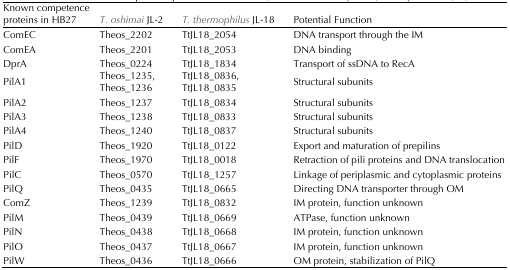
| Known competenceproteins in HB27 | T. oshimai JL-2 | T. thermophilus JL-18 | Potential Function |
 | --- | --- | --- | --- |
 | ComEC | Theos_2202 | TtJL18_2054 | DNA transport through the IM |
 | ComEA | Theos_2201 | TtJL18_2053 | DNA binding |
 | DprA | Theos_0224 | TtJL18_1834 | Transport of ssDNA to RecA |
 | PilA1 | Theos_1235,Theos_1236 | TtJL18_0836,TtJL18_0835 | Structural subunits |
 | PilA2 | Theos_1237 | TtJL18_0834 | Structural subunits |
 | PilA3 | Theos_1238 | TtJL18_0833 | Structural subunits |
 | PilA4 | Theos_1240 | TtJL18_0837 | Structural subunits |
 | PilD | Theos_1920 | TtJL18_0122 | Export and maturation of prepilins |
 | PilF | Theos_1970 | TtJL18_0018 | Retraction of pili proteins and DNA translocation |
 | PilC | Theos_0570 | TtJL18_1257 | Linkage of periplasmic and cytoplasmic proteins |
 | PilQ | Theos_0435 | TtJL18_0665 | Directing DNA transporter through OM |
 | ComZ | Theos_1239 | TtJL18_0832 | IM protein, function unknown |
 | PilM | Theos_0439 | TtJL18_0669 | ATPase, function unknown |
 | PilN | Theos_0438 | TtJL18_0668 | IM protein, function unknown |
 | PilO | Theos_0437 | TtJL18_0667 | IM protein, function unknown |
 | PilW | Theos_0436 | TtJL18_0666 | OM protein, stabilization of PilQ |